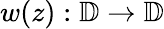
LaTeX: w(z):\mathbb{D}\rightarrow\mathbb{D}